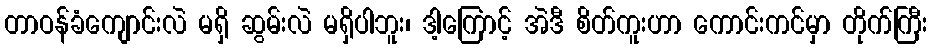
တာဝန်ခံကျောင်းလဲ မရှိ ဆွမ်းလဲ မရှိပါဘူး၊ ဒါ့ကြောင့် အဲဒီ စိတ်ကူးဟာ ကောင်းကင်မှာ တိုက်ကြီး